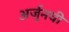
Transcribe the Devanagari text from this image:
अर्जुनची